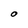
Character: O